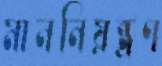
মাননিয়ন্ত্রণ